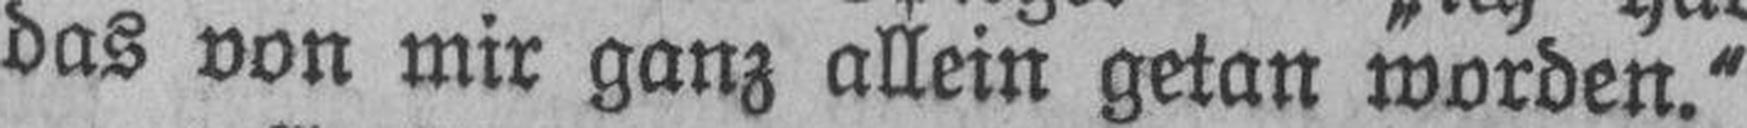
das von mir ganz allein getan worden.“